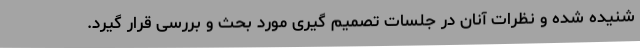
شنیده شده و نظرات آنان در جلسات تصمیم گیری مورد بحث و بررسی قرار گیرد.